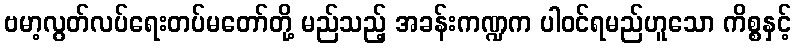
ဗမာ့လွတ်လပ်ရေးတပ်မတော်တို့ မည်သည့် အခန်းကဏ္ဍက ပါဝင်ရမည်ဟူသော ကိစ္စနှင့်